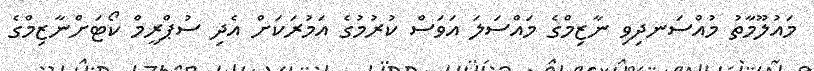
މައުލޫމާތު މުއްސަނދިވި ނާޒިމްގެ މައްސަލަ އަވަސް ކުރުމުގެ އަމުރަކަށް އެދި ސުޕްރީމް ކޯޓަށްނާޒިމްގެ